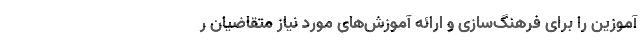
آموزین را برای فرهنگ‌سازی و ارائه‌ آموزش‌های مورد نیاز متقاضیان ر